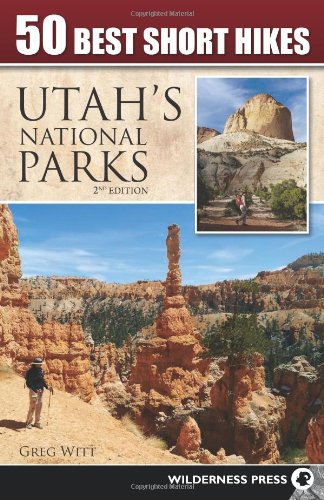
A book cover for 50 Best Short Hikes in Utah's National Parks; Greg Witt; Health, Fitness & Dieting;